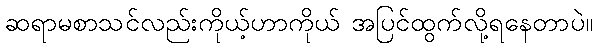
ဆရာမစာသင်လည်းကိုယ့်ဟာကိုယ် အပြင်ထွက်လို့ရနေတာပဲ။